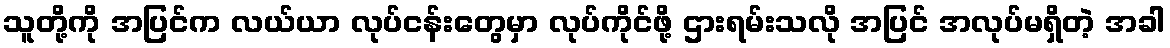
သူတို့ကို အပြင်က လယ်ယာ လုပ်ငန်းတွေမှာ လုပ်ကိုင်ဖို့ ဌားရမ်းသလို အပြင် အလုပ်မရှိတဲ့ အခါ